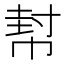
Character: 幇